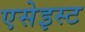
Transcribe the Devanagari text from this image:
एसेइस्ट